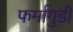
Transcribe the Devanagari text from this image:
फर्मागुडी